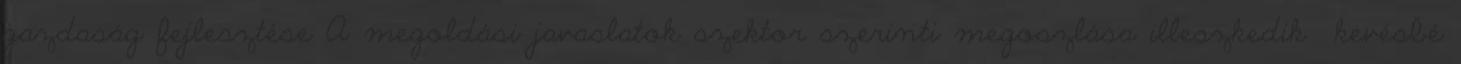
gazdaság fejlesztése A megoldási javaslatok szektor szerinti megoszlása illeszkedik kevésbé